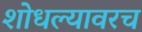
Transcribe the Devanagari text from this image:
शोधल्यावरच